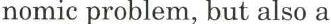
nomic problem, but also a